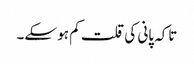
تاکہ پانی کی قلت کم ہو سکے۔